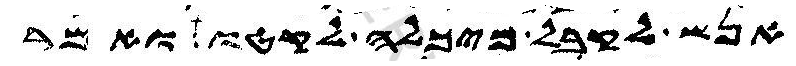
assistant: אנש לקבל מיכלה לקטו ואמר